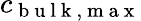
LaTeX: c_{\mathrm{~b~u~l~k~,~m~a~x~}}